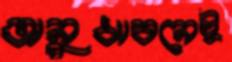
অনুধাবনেই